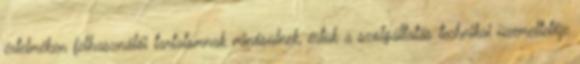
értelmében felhasználói tartalomnak minősülnek, értük a szolgáltatás technikai üzemeltetője